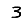
Digit: 3